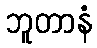
ဘူတာနံ